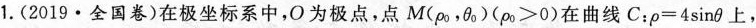
1.(2019·全国卷)在极坐标系中，O为极点，点M(\rho_{0}, \theta_{0})$$(\rho_0>0)$$在曲线$$C: \rho=4 \sin \theta $$上,